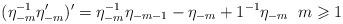
LaTeX: \begin{align*} (\eta^{-1}_{-m} \eta^{\prime}_{-m})^{\prime}= \eta_{-m}^{-1} \eta_{-m-1}- \eta_{-m}+1^{-1} \eta_{-m} \; \; m \geqslant 1\end{align*}